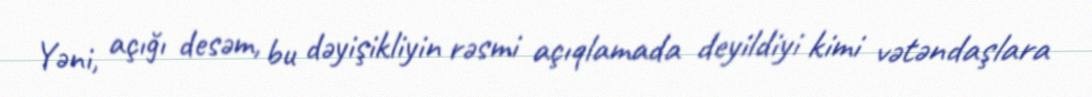
Yəni, açığı desəm, bu dəyişikliyin rəsmi açıqlamada deyildiyi kimi vətəndaşlara